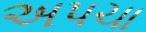
અપચા